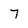
Character: 7